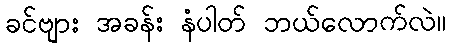
ခင်ဗျား အခန်း နံပါတ် ဘယ်လောက်လဲ။